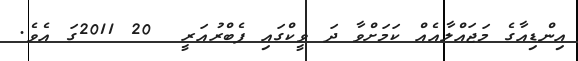
އިންޑިއާގެ މަޖައްލާއެއް ކަމަށްވާ ދަ ވީކްގައި ފެބްރުއަރީ  20 2011ގަ އެވެ.